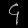
Digit: ၄